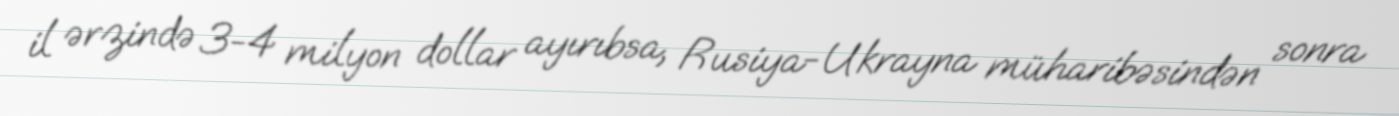
il ərzində 3-4 milyon dollar ayırıbsa, Rusiya-Ukrayna müharibəsindən sonra